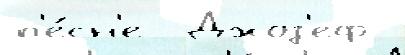
п'е́сн'е  Джоз'еф